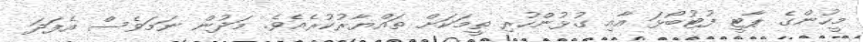
މީހުންގެ ޕާޓީ ފުޓުބޯޅަ އާއި ގުޅުންހުރި ތީމަކަށް ތައްޔާރުކުރެއެވެ. މަދުން ނަަމަވެސް އެފަދަ